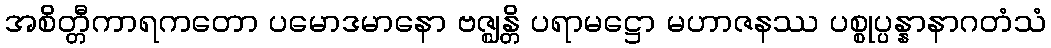
အစိတ္တီကာရကတော ပမောဒမာနော ဗဇ္ဈန္တိ ပရာမဋ္ဌော မဟာဇနဿ ပစ္စုပ္ပန္နာနာဂတံသံ